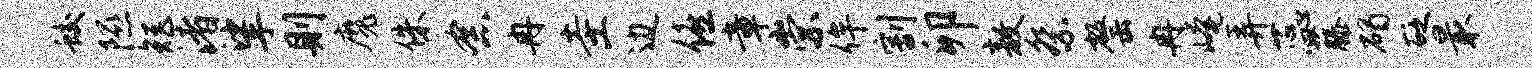
蛟隰矩渚挲则魔侏念冉圭边僖章崇侔割卯敖祭罄冉崦弄蕊藤碣砭最